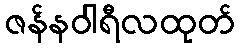
ဇန်နဝါရီလထုတ်